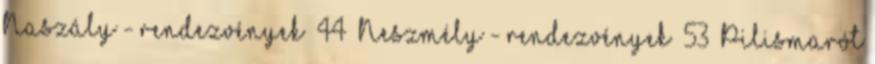
Naszály - rendezvények 44 Neszmély - rendezvények 53 Pilismarót